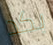
بكد